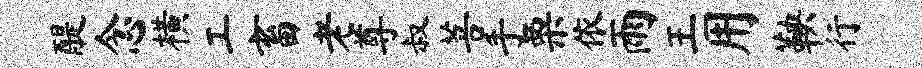
醍念横工畜老尊叔菩手栗依雨王用鞅行